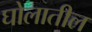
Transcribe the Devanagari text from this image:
घोलातील